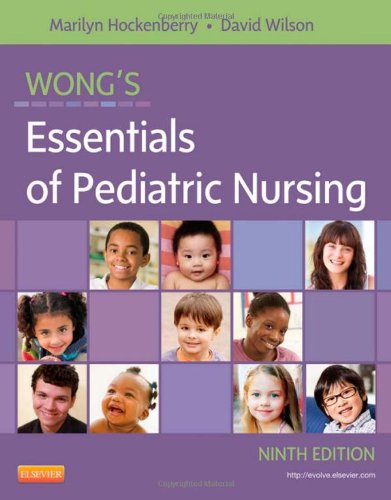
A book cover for Wong's Essentials of Pediatric Nursing, 9e; Marilyn J. Hockenberry PhD  RN  PNP-BC  FAAN; Medical Books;